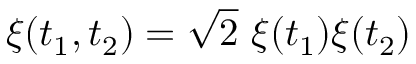
\xi ( t _ { 1 } , t _ { 2 } ) = \sqrt { 2 } ~ \xi ( t _ { 1 } ) \xi ( t _ { 2 } )